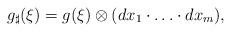
LaTeX: \begin{align*}g_{\sharp}(\xi) = g(\xi)\otimes(dx_1\cdot\ldots\cdot dx_m),\end{align*}